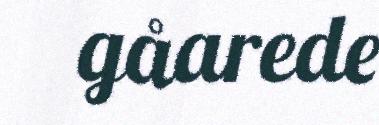
gåarede